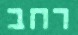
רחב